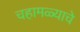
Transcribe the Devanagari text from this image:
चहामळ्याचे